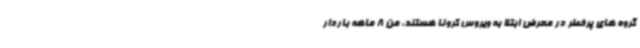
گروه های پرخطر در معرض ابتلا به ویروس کرونا هستند، من 8 ماهه باردار